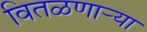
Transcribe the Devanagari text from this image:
वितळणार्‍या